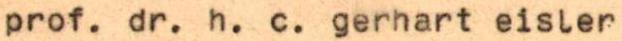
prof. dr. h. c. gerhart eisler